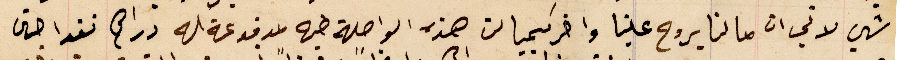
شي لاغي ان مالنا يروح علينا واخر كمبيالت هذه الواصلة طيه مدفوعة له دراهم نقدا حتى